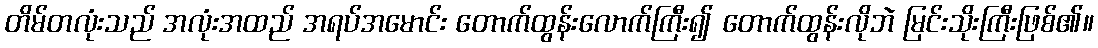
တိမ်တလုံးသည် အလုံးအထည် အရပ်အမောင်း တောက်ထွန်းလောက်ကြီး၍ တောက်ထွန်းလိုဘဲ မြင်းသိုးကြီးဖြစ်၏။